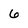
Character: 6